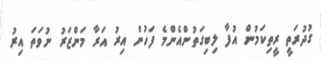
ގުދުރަތީ ރީތިކަމުން އުފާ ލިބިގަތުންއެންމެ ފަހުން އިރު އަރާ މަންޒަރު ނުވަތަ އިރު